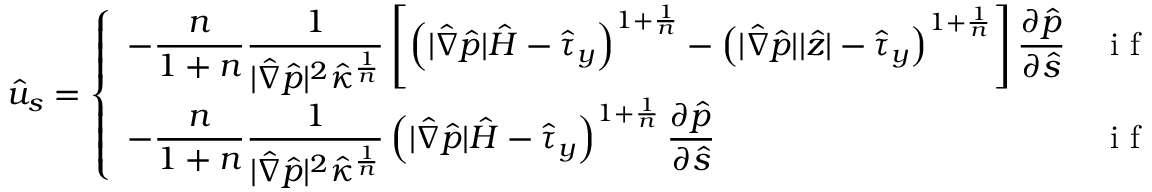
\hat { u } _ { s } = \left\{ \begin{array} { l l } { - \displaystyle \frac { n } { 1 + n } \frac { 1 } { | \hat { \nabla } \hat { p } | ^ { 2 } \hat { \kappa } ^ { \frac { 1 } { n } } } \left[ \left( | \hat { \nabla } \hat { p } | \hat { H } - \hat { \tau } _ { y } \right) ^ { 1 + \frac { 1 } { n } } - \left( | \hat { \nabla } \hat { p } | \vert \hat { z } \vert - \hat { \tau } _ { y } \right) ^ { 1 + \frac { 1 } { n } } \right] \frac { \partial \hat { p } } { \partial \hat { s } } } & { \mathrm { ~ i ~ f ~ f ~ } \quad \vert \hat { z } \vert > \displaystyle \frac { \hat { \tau } _ { y } } { | \hat { \nabla } \hat { p } | } , } \\ { \displaystyle - \frac { n } { 1 + n } \frac { 1 } { | \hat { \nabla } \hat { p } | ^ { 2 } \hat { \kappa } ^ { \frac { 1 } { n } } } \left( | \hat { \nabla } \hat { p } | \hat { H } - \hat { \tau } _ { y } \right) ^ { 1 + \frac { 1 } { n } } \frac { \partial \hat { p } } { \partial \hat { s } } } & { \mathrm { ~ i ~ f ~ f ~ } \quad \vert \hat { z } \vert \leqslant \displaystyle \frac { \hat { \tau } _ { y } } { | \hat { \nabla } \hat { p } | } , } \end{array} \right.